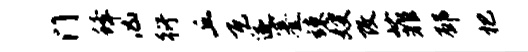
门蜂凶衍丘瓦遂蹇竦嫂改菲邳杷